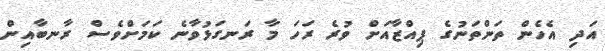
އަދި އެހެން ތަންތަނުގެ ޕިއްޒާއަށް ވުރެ ރަހަ މާ ރަނގަޅުވާނެ ކަމަށްވެސް ރާނބާއިން